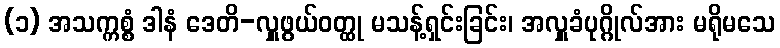
(၁) အသက္ကစ္စံ ဒါနံ ဒေတိ-လှူဖွယ်ဝတ္ထု မသန့်ရှင်းခြင်း၊ အလှူခံပုဂ္ဂိုလ်အား မရိုမသေ